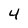
Character: 4